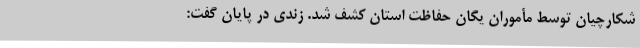
شکارچیان توسط مأموران یگان حفاظت استان کشف شد. زندی در پایان گفت: